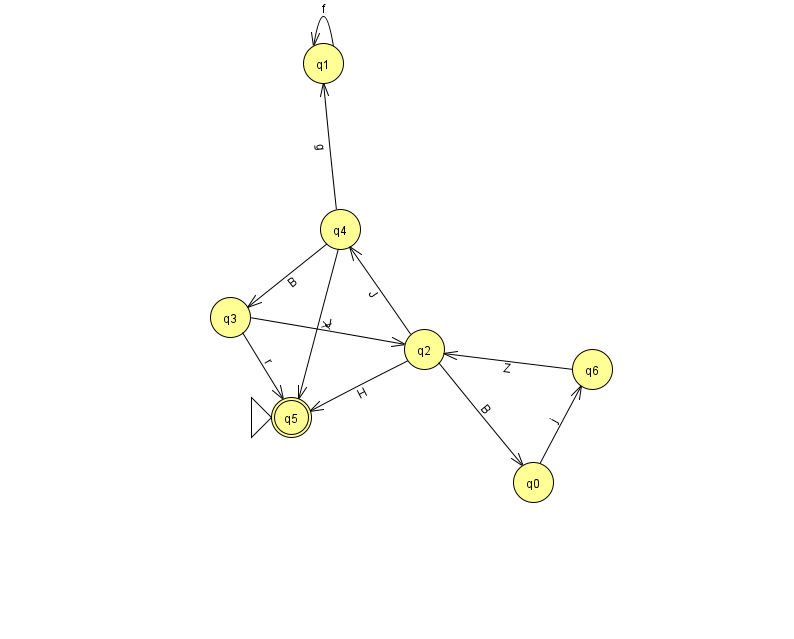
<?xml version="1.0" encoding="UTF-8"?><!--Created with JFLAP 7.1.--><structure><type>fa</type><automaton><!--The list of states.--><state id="0" name="q0"><x>533.0</x><y>469.0</y></state><state id="1" name="q1"><x>323.0</x><y>50.0</y></state><state id="2" name="q2"><x>424.0</x><y>336.0</y></state><state id="3" name="q3"><x>230.0</x><y>304.0</y></state><state id="4" name="q4"><x>340.0</x><y>216.0</y></state><state id="5" name="q5"><x>291.0</x><y>404.0</y><initial/><final/></state><state id="6" name="q6"><x>592.0</x><y>356.0</y></state><!--The list of transitions.--><transition><from>0</from><to>6</to><read>j</read></transition><transition><from>2</from><to>5</to><read>H</read></transition><transition><from>6</from><to>2</to><read>Z</read></transition><transition><from>4</from><to>3</to><read>B</read></transition><transition><from>1</from><to>1</to><read>f</read></transition><transition><from>2</from><to>0</to><read>B</read></transition><transition><from>4</from><to>5</to><read>X</read></transition><transition><from>3</from><to>2</to><read>J</read></transition><transition><from>3</from><to>5</to><read>r</read></transition><transition><from>2</from><to>4</to><read>J</read></transition><transition><from>4</from><to>1</to><read>g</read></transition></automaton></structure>